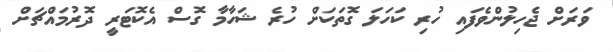
ވަރަށް ޖެހިލުންވެފައި ހުރި ކަހަލަ ގޮތަކަށް ހުރެ ޝަހާމާ ގޮސް އެކޮޓަރީ ދޮރުމައްޗަށް